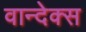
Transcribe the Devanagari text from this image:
वान्देक्स